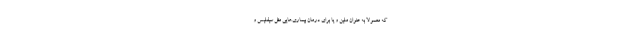
که معمولا به عنوان ملین و یا برای درمان بیماری‌هایی مثل سیفلیس و